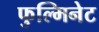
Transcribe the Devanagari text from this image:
फुल्मिनेट